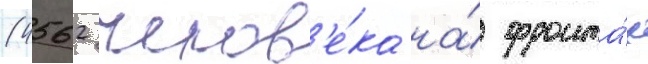
(4562 челов'е́ка на́ фронта́х